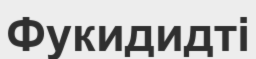
Фукидидті